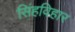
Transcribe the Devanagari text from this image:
सिंहविहार